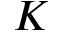
K